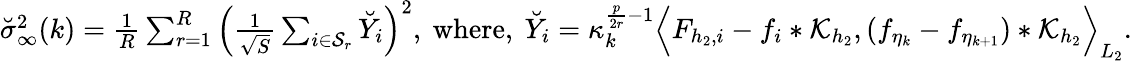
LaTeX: \begin{array}{r}{\breve{\sigma}_{\infty}^{2}(k)=\frac{1}{R}\sum_{r=1}^{R}\Big(\frac{1}{\sqrt{S}}\sum_{i\in{\mathcal{S}_{r}}}\breve{Y}_{i}\Big)^{2},\ \mathrm{where},\ \breve{Y}_{i}=\kappa_{k}^{\frac{p}{2r}-1}\Big\langle F_{{h_{2}},i}-f_{i}*\mathcal{K}_{h_{2}},(f_{\eta_{k}}-f_{\eta_{k+1}})*\mathcal{K}_{h_{2}}\Big\rangle_{L_{2}}.}\end{array}